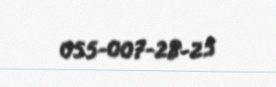
055-007-28-25